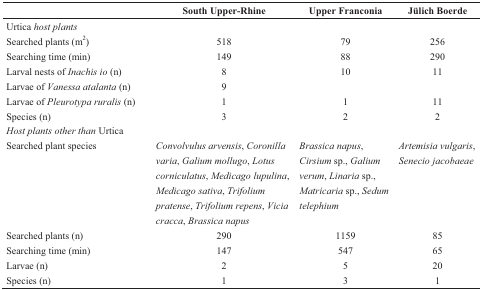
<table><thead><tr><td></td><td><b>South Upper-Rhine</b></td><td><b>Upper Franconia</b></td><td><b>Jülich Boerde</b></td></tr></thead><tbody><tr><td>Urtica <i>host plants</i></td><td></td><td></td><td></td></tr><tr><td>Searched plants (m<sup>2</sup>)</td><td>518</td><td>79</td><td>256</td></tr><tr><td>Searching time (min)</td><td>149</td><td>88</td><td>290</td></tr><tr><td>Larval nests of <i>Inachis io</i> (n)</td><td>8</td><td>10</td><td>11</td></tr><tr><td>Larvae of <i>Vanessa atalanta</i> (n)</td><td>9</td><td></td><td></td></tr><tr><td>Larvae of <i>Pleurotypa ruralis</i> (n)</td><td>1</td><td>1</td><td>11</td></tr><tr><td>Species (n)</td><td>3</td><td>2</td><td>2</td></tr><tr><td><i>Host plants other than</i> Urtica</td><td></td><td></td><td></td></tr><tr><td>Searched plant species</td><td><i>Convolvulus arvensis</i>, <i>Coronilla varia</i>, <i>Galium mollugo</i>, <i>Lotus corniculatus</i>, <i>Medicago lupulina</i>, <i>Medicago sativa</i>, <i>Trifolium pratense</i>, <i>Trifolium repens</i>, <i>Vicia cracca</i>, <i>Brassica napus</i></td><td><i>Brassica napus</i>, <i>Cirsium</i> sp., <i>Galium verum</i>, <i>Linaria</i> sp., <i>Matricaria</i> sp., <i>Sedum telephium</i></td><td><i>Artemisia vulgaris</i>, <i>Senecio jacobaeae</i></td></tr><tr><td>Searched plants (n)</td><td>290</td><td>1159</td><td>85</td></tr><tr><td>Searching time (min)</td><td>147</td><td>547</td><td>65</td></tr><tr><td>Larvae (n)</td><td>2</td><td>5</td><td>20</td></tr><tr><td>Species (n)</td><td>1</td><td>3</td><td>1</td></tr></tbody></table>